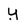
Character: y